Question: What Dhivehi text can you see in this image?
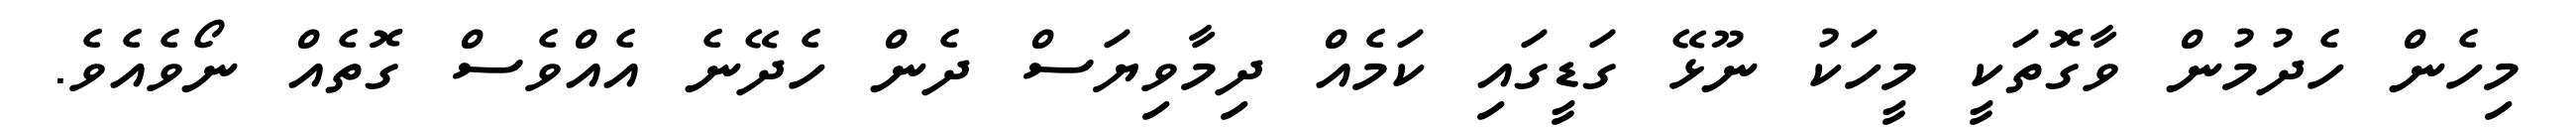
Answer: މިހެން ހެދުމުން ވާގޮތަކީ މީހަކު ނޫޅޭ ގަޑީގައި ކަމެއް ދިމާވިޔަސް ދެން ހެދޭނެ އެއްވެސް ގޮތެއް ނޯވެއެވެ.